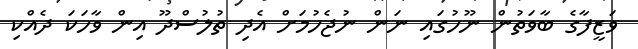
ވަޒީފާގެ ބާވަތުން ނޫހުގައި ނަން ނުޖެހުމަށް އެދި ތުލުސްދޫ އިން ވާހަކަ ދެއްކި